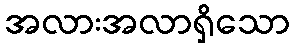
အလားအလာရှိသော